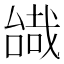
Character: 𠼷